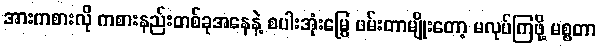
အားကစားလို ကစားနည်းတစ်ခုအနေနဲ့ စပါးအုံးမြွေ ဖမ်းတာမျိုးတော့ မလုပ်ကြဖို့ မစ္စတာ